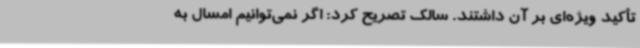
تأکید ویژه‌ای بر آن داشتند. سالک تصریح کرد: اگر نمی‌توانیم امسال به